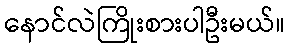
နောင်လဲကြိုးစားပါဦးမယ်။